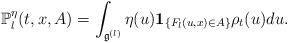
LaTeX: \begin{align*}\mathbb{P}_l^\eta(t,x,A)=\int_{\frak{g}^{(l)}}\eta(u){\bf 1}_{\{F_l(u,x)\in A\}}\rho_t(u)du.\end{align*}